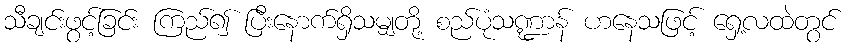
သီချင်းဖွင့်ခြင်း ကြည်၍ ပြီးနောက်ရှိသမျှတို့ စည်ပုံသဏ္ဍာန် ဟနေသဖြင့် ရှေ့လထဲတွင်